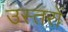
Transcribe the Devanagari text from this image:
उस्तरों